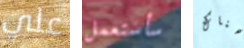
علي سأستعمل هناك